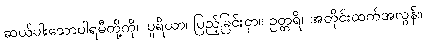
ဆယ်ပါးသောပါရမီတို့ကို။ ပူရိယာ၊ ပြည့်ခြင်းငှာ။ ဥတ္တရိ၊ အတိုင်းထက်အလွန်။